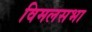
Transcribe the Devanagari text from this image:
विमलसभा